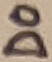
Text: D0